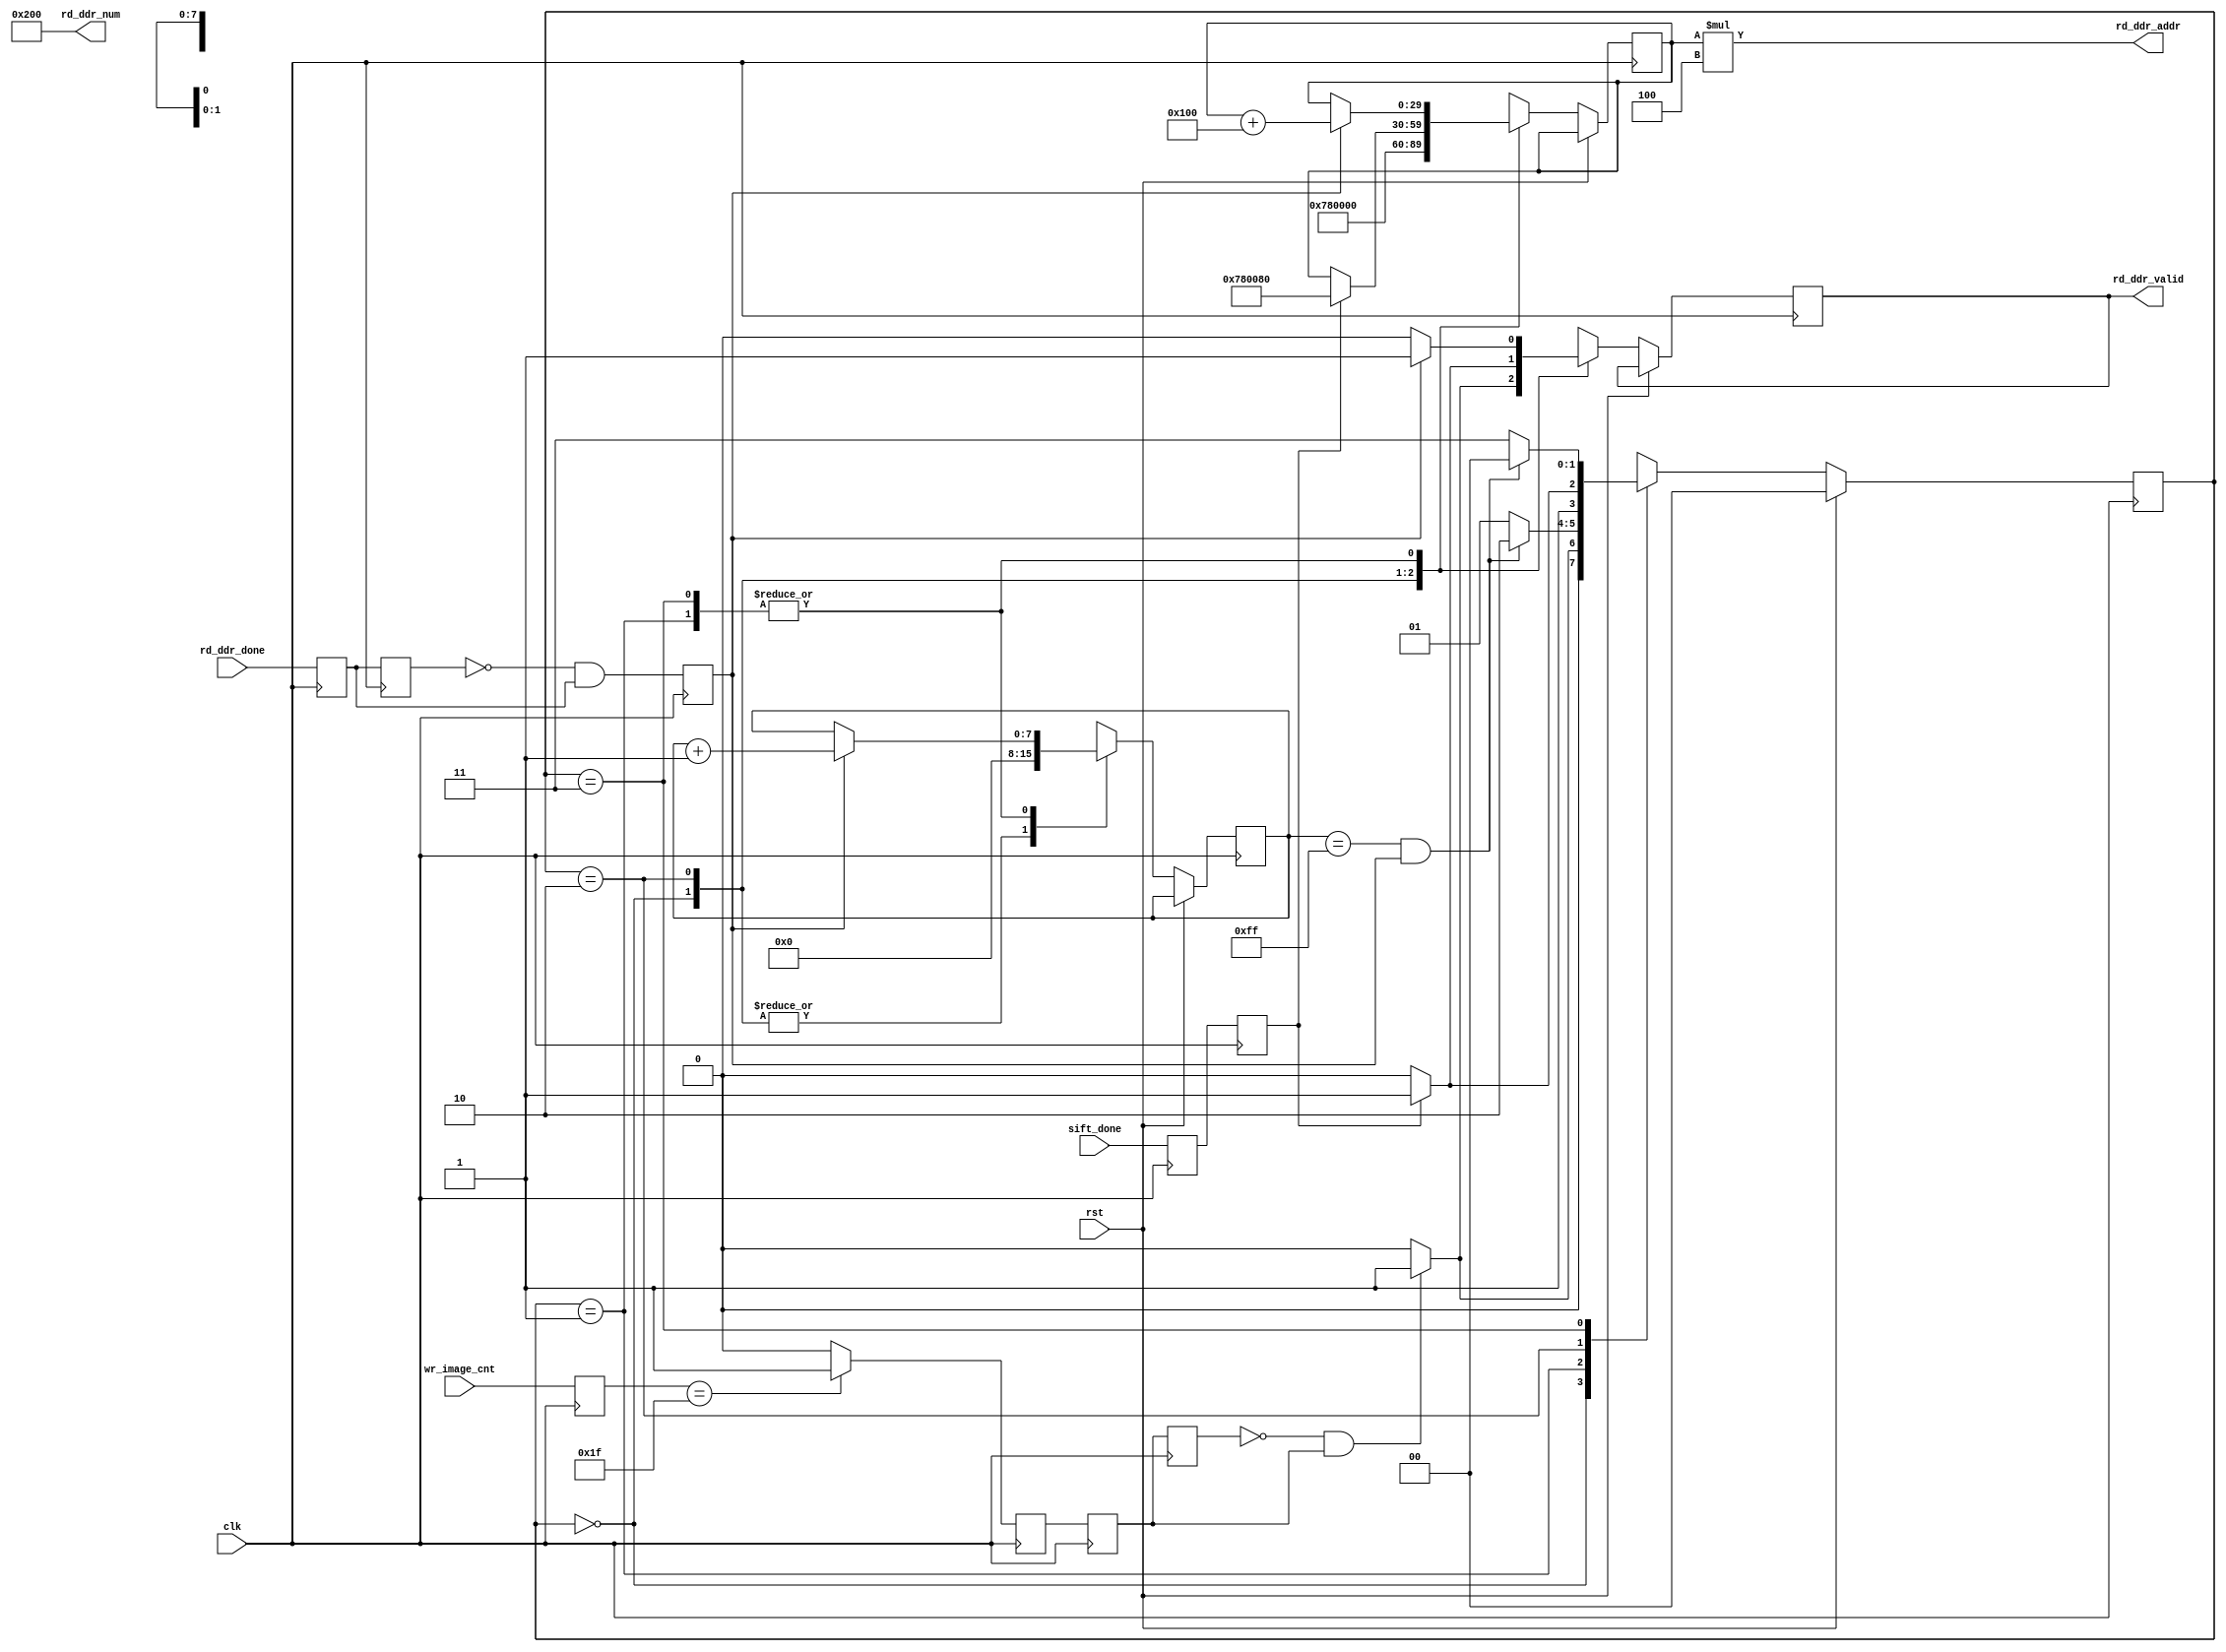
module rd0_addr_ctr #(
    parameter START_ADDR   = 32'h0078_0000,
    parameter BLOCK_SIZE   = 32'h0000_0100,
    parameter IMAGE_BLOCK  = 32'h0000_0200,
    parameter WR_NUM       = 32'd512,
    parameter ADDR_WIDTH   = 30,
    parameter RD_NUM_WIDTH = 28,
    parameter IMAGE_SIZE   = 12
) (
    input clk,
    input rst,
    input [4:0] wr_image_cnt,
    input sift_done,
    input rd_ddr_done,
    output rd_ddr_valid,
    output [ADDR_WIDTH-1:0] rd_ddr_addr,
    output [RD_NUM_WIDTH-1:0] rd_ddr_num
);


  reg [4:0] wr_image_cnt0;
  reg image_perimt;
  always @(posedge clk) begin
    wr_image_cnt0 <= wr_image_cnt;
    image_perimt  <= (wr_image_cnt0 == 31) ? 1'b1 : 1'b0;
  end
  reg image_perimt0, image_perimt1;
  reg rd_ddr_done0, rd_ddr_done1, rd_ddr_done_rise;
  reg sift_done0, sift_done1;
  wire image_perimt_fall;

  assign image_perimt_fall = (~image_perimt1) & (image_perimt0);
  always @(posedge clk) begin
    image_perimt0 <= image_perimt ;
    image_perimt1 <= image_perimt0;
    rd_ddr_done0  <= rd_ddr_done ;
    rd_ddr_done1  <= rd_ddr_done0;
    rd_ddr_done_rise <= (~rd_ddr_done1)&(rd_ddr_done0);
    sift_done0    <= sift_done ;
    sift_done1    <= sift_done0 ;
  end


  reg [7:0] rd_done_cnt;
  reg [1:0] rd0_sta;
  localparam S0 = 'd0;
  localparam S1 = 'd1;
  localparam S2 = 'd2;
  localparam S3 = 'd3;
  always @(posedge clk) begin
    if (rst) begin
      rd0_sta <= S0;
    end else begin
      case (rd0_sta)
        S0: begin
          if (image_perimt_fall) rd0_sta <= S1;
          else rd0_sta <= S0;
        end
        S1: begin
          if ((rd_done_cnt == 255) && (rd_ddr_done_rise)) rd0_sta <= S2;
          else rd0_sta <= S1;
        end
        S2: begin
          if (sift_done1) rd0_sta <= S3;
          else rd0_sta <= S2;
        end
        S3: begin
          if ((rd_done_cnt == 255) && (rd_ddr_done_rise)) rd0_sta <= S0;
          else rd0_sta <= S3;
        end
        default: rd0_sta <= S0;
      endcase
    end
  end
  reg rd_ddr_valid0;
  reg [ADDR_WIDTH-1:0] rd_ddr_addr0;

  assign rd_ddr_valid = rd_ddr_valid0;
  assign rd_ddr_addr  = rd_ddr_addr0 * 4;
  assign rd_ddr_num   = WR_NUM;

  always @(posedge clk) begin
    if (rst) begin
    end else begin
      case (rd0_sta)
        S0: begin
          rd_done_cnt  <= 'd0;
          rd_ddr_addr0 <= START_ADDR;
          if (image_perimt_fall) rd_ddr_valid0 <= 'd1;
          else rd_ddr_valid0 <= 'd0;
        end
        S1: begin
          if (rd_ddr_done_rise) rd_done_cnt <= rd_done_cnt + 1'b1;
          else rd_done_cnt <= rd_done_cnt;
          if (rd_ddr_done_rise) begin
            rd_ddr_addr0  <= rd_ddr_addr0 + BLOCK_SIZE;
            rd_ddr_valid0 <= 'd1;
          end else begin
            rd_ddr_addr0  <= rd_ddr_addr0;
            rd_ddr_valid0 <= 'd0;
          end
        end
        S2: begin
          rd_done_cnt <= 'd0;
          if (sift_done1) begin
            rd_ddr_addr0  <= START_ADDR + BLOCK_SIZE / 2;
            rd_ddr_valid0 <= 'd1;
          end else begin
            rd_ddr_addr0  <= rd_ddr_addr0;
            rd_ddr_valid0 <= 'd0;
          end
        end
        S3: begin
          if (rd_ddr_done_rise) rd_done_cnt <= rd_done_cnt + 1'b1;
          else rd_done_cnt <= rd_done_cnt;
          if (rd_ddr_done_rise) begin
            rd_ddr_addr0  <= rd_ddr_addr0 + BLOCK_SIZE;
            rd_ddr_valid0 <= 'd1;
          end else begin
            rd_ddr_addr0  <= rd_ddr_addr0;
            rd_ddr_valid0 <= 'd0;
          end
        end
        default: ;
      endcase
    end
  end




endmodule